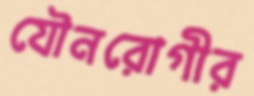
যৌনরোগীর